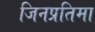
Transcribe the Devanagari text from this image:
जिनप्रतिमा